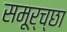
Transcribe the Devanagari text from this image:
समूर्च्छा